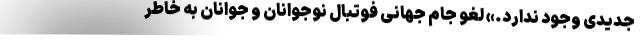
جدیدی وجود ندارد.» لغو جام جهانی فوتبال نوجوانان و جوانان به خاطر